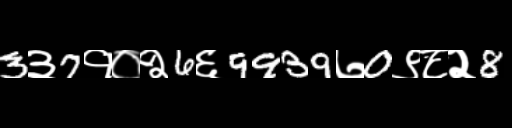
Text: 3३7१०२6६9939७0९८२8